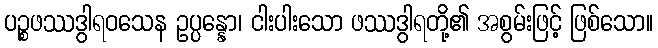
ပဉ္စဖဿဒွါရဝသေန ဥပ္ပန္နော၊ ငါးပါးသော ဖဿဒွါရတို့၏ အစွမ်းဖြင့် ဖြစ်သော။